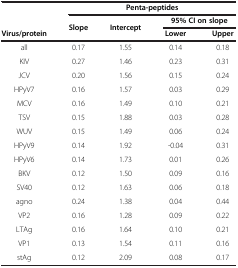
|  | <COLSPAN=4> Penta-peptides |
 |  | <ROWSPAN=2> Slope | <ROWSPAN=2> Intercept | <COLSPAN=2> 95% CI on slope |
 | Virus/protein | Lower | Upper |
 | --- | --- | --- | --- | --- |
 | all | 0.17 | 1.55 | 0.14 | 0.18 |
 | KIV | 0.27 | 1.46 | 0.23 | 0.31 |
 | JCV | 0.20 | 1.56 | 0.15 | 0.24 |
 | HPyV7 | 0.16 | 1.57 | 0.03 | 0.29 |
 | MCV | 0.16 | 1.49 | 0.10 | 0.21 |
 | TSV | 0.15 | 1.88 | 0.03 | 0.28 |
 | WUV | 0.15 | 1.49 | 0.06 | 0.24 |
 | HPyV9 | 0.14 | 1.92 | -0.04 | 0.31 |
 | HPyV6 | 0.14 | 1.73 | 0.01 | 0.26 |
 | BKV | 0.12 | 1.50 | 0.09 | 0.16 |
 | SV40 | 0.12 | 1.63 | 0.06 | 0.18 |
 | agno | 0.24 | 1.38 | 0.04 | 0.44 |
 | VP2 | 0.16 | 1.28 | 0.09 | 0.22 |
 | LTAg | 0.16 | 1.64 | 0.10 | 0.21 |
 | VP1 | 0.13 | 1.54 | 0.11 | 0.16 |
 | stAg | 0.12 | 2.09 | 0.08 | 0.17 |